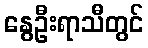
နွေဦးရာသီတွင်